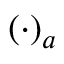
( \cdot ) _ { a }